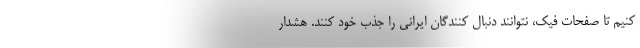
کنیم تا صفحات فیک، نتوانند دنبال کنندگان ایرانی را جذب خود کنند. هشدار